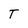
Character: T